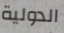
الدولية